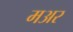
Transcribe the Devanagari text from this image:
मअर